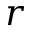
r